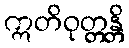
ဣတိဝုတ္တန္တိ